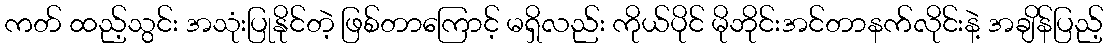
ကတ် ထည့်သွင်း အသုံးပြုနိုင်တဲ့ ဖြစ်တာကြောင့် မရှိလည်း ကိုယ်ပိုင် မိုဘိုင်းအင်တာနက်လိုင်းနဲ့ အချိန်ပြည့်